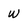
Character: W